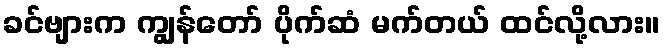
ခင်ဗျားက ကျွန်တော် ပိုက်ဆံ မက်တယ် ထင်လို့လား။